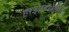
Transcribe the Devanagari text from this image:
हाइपरथ्रेडिंग